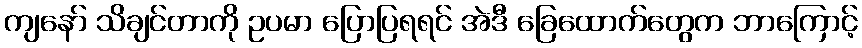
ကျနော် သိချင်တာကို ဥပမာ ပြောပြရရင် အဲဒီ ခြေထောက်တွေက ဘာကြောင့်